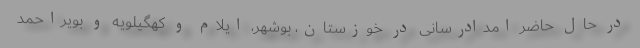
در حال حاضر امدادرسانی در خوزستان، بوشهر، ایلام و کهگیلویه و بویراحمد